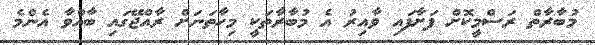
މުބާރާތް ރަސްމީކޮށް ފަށާފައި ވާއިރު އެ މުބާރާތަކީ މިހާތަނަށް ރާއްޖޭގައި ބާއްވާ އެންމެ